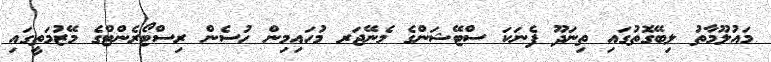
މައުލޫމާތު ލިބޭގޮތުގައި ތިނަދޫ ފެނަކަ ސްޓޭޝަންގެ މެނޭޖަރ މުހައިމިން ހުސެން ރިސްޓޯރެންޓްގެ މޭޒުމަތީގައި